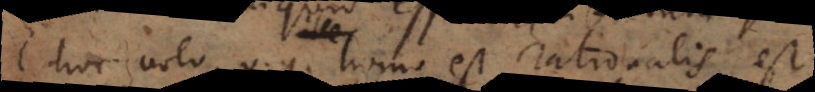
g. ille u. homo est rationalis, est